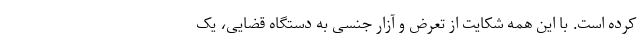
کرده است. با این همه شکایت از تعرض و آزار جنسی به دستگاه قضایی، یک